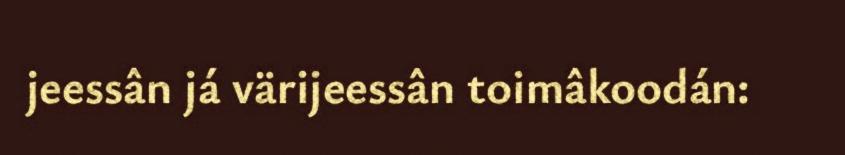
jeessân já värijeessân toimâkoodán: